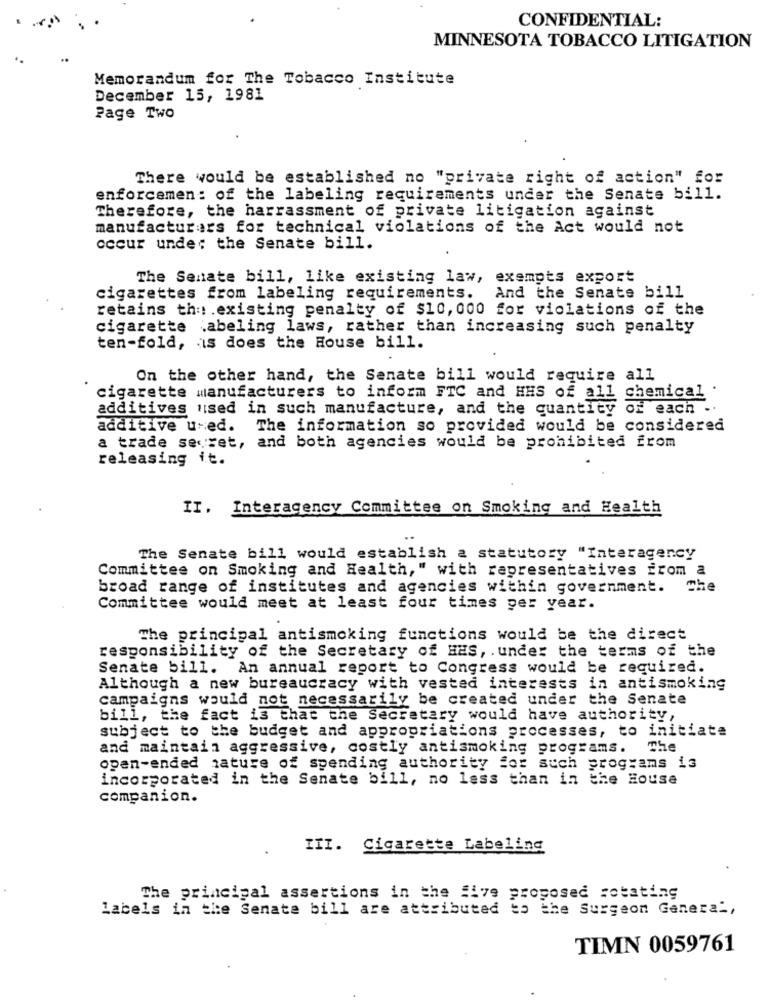
CONFIDENTIAL:
MINNESOTA TOBACCO LITIGATION
Memorandum for The Tobacco Institute
December 15, 1981
Page Two
There would be established no "private right of action" for
enforcemen: of the labeling requirements under the Senate bill.
Therefore, the harrassment of private litigation against
manufacturers for technical violations of the Act would not
occur unde: the Senate bill.
The Senate bill, like existing law, exempts export
cigarettes from labeling requirements.
And the Senate bill
retains thu .existing penalty of $10, 000 for violations of the
cigarette abeling laws, rather than increasing such penalty
ten-fold, is does the House bill.
On the other hand, the Senate bill would require all
cigarette manufacturers to inform FTC and HHS of all chemical
additives used in such manufacture, and the quantity
Of each .
additive u-ed. The information so provided would be considered
a trade secret, and both agencies would be prohibited from
releasing it.
II. Interagency Committee on Smoking and Health
The Senate bill would establish a statutory "Interagency
Committee on Smoking and Health," with representatives from a
broad range of institutes and agencies within government. The
Committee would meet at least four times per year.
The principal antismoking functions would be the direct
responsibility of the Secretary of HHS, . under the terms of the
Senate bill. An annual report to Congress would be required.
Although a new bureaucracy with vested interests in antismoking
campaigns would not necessarily be created under the Senate
bill, the fact is that the Secretary would have authority,
subject to the budget and appropriations processes, to initiate
and maintain aggressive, costly antismoking programs.
The
open-ended nature of spending authority for such programs is
incorporated in the Senate bill, no less than in the House
companion.
III. Cigarette Labeling
The principal assertions in the five proposed rotating
labels in the Senate bill are attributed to the Surgeon General,
TIMN 0059761